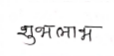
मजकूर: शुभ लाभ